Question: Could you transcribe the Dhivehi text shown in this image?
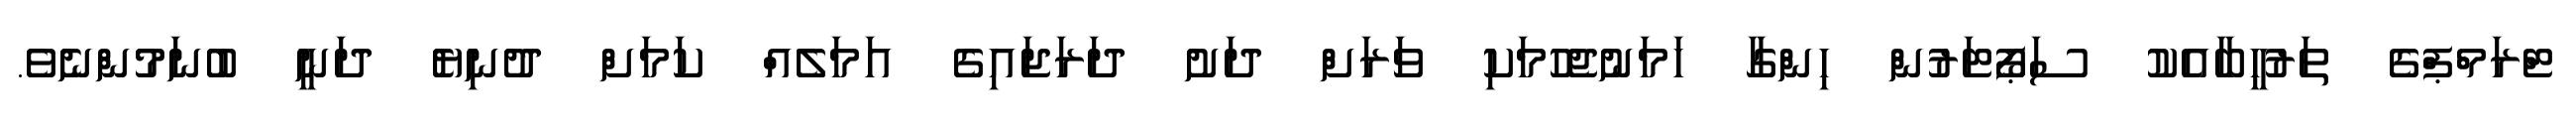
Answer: ޓްރަމްޕްގެ ތަރުހީބާއެކު ސަޕޯޓަރުން ހިންގާ ހަމަނުޖެހުމަކި ވަރަށް ދަށު ދަރަޖައިގެ އަމަލެއް ކަމަށް ދުނިޔެ ދަނީ ބުނަމުންނެވެ.